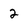
Character: 2